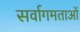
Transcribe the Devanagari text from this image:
सर्वागमताओं